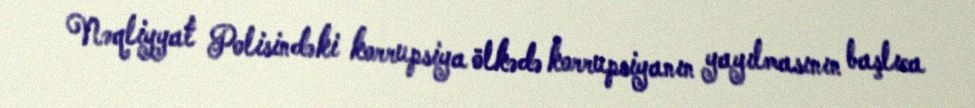
Nəqliyyat Polisindəki korrupsiya ölkədə korrupsiyanın yayılmasının başlıca